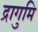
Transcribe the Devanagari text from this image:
द्रागुमि